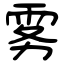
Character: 雾